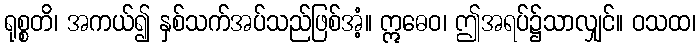
ရုစ္စတိ၊ အကယ်၍ နှစ်သက်အပ်သည်ဖြစ်အံ့။ ဣဓေဝ၊ ဤအရပ်၌သာလျှင်။ ဝသထ၊